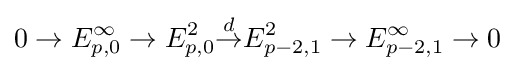
0\to E_{p,0}^{\infty }\to E_{p,0}^{2}{\overset {d}{\to }}E_{p-2,1}^{2}\to E_{p-2,1}^{\infty }\to 0